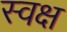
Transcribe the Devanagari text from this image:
स्वक्ष